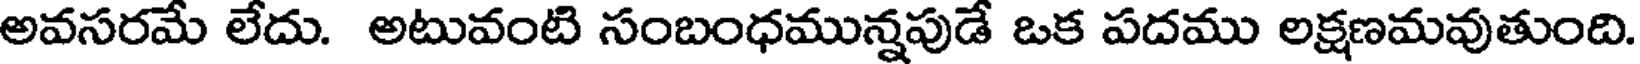
అవసరమే లేదు. అటువంటి సంబంధమున్నపుడే ఒక పదము లక్షణమవుతుంది